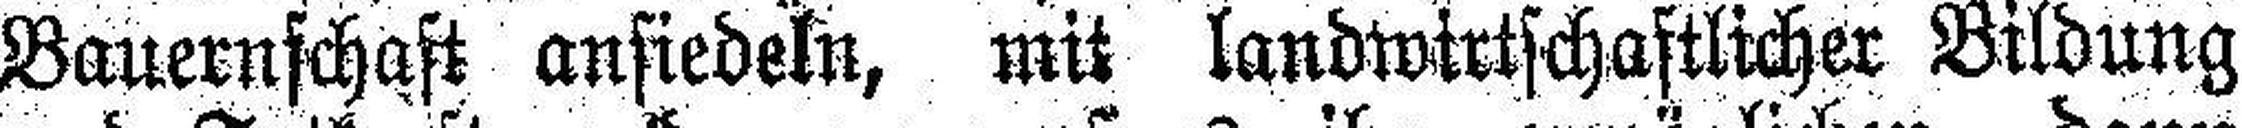
Bauernschaft ansiedeln, mit landwirtschaftlicher Bildung